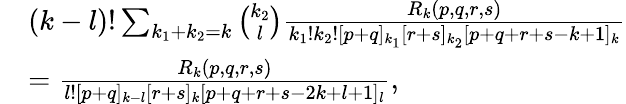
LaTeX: \begin{array}{rl}&{(k-l)!\sum_{k_{1}+k_{2}=k}\binom{k_{2}}{l}\frac{R_{k}(p,q,r,s)}{k_{1}!k_{2}![p+q]_{k_{1}}[r+s]_{k_{2}}[p+q+r+s-k+1]_{k}}}\\ &{=\frac{R_{k}(p,q,r,s)}{l![p+q]_{k-l}[r+s]_{k}[p+q+r+s-2k+l+1]_{l}},}\end{array}